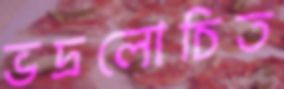
ভদ্রলোচিত